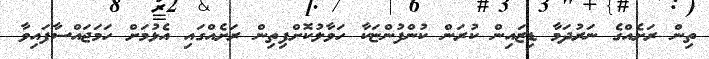
ތިން ރަށެއްގެ ނަރުދަމާ ޑިޒައިން ކުރަން ކުންފުންޏަކާ ހަވާލުކޮށްފިތިން ރަށެއްގައި އެޅުމަށް ހަމަޖައްސާފައިވާ